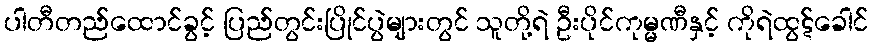
ပါတီတည်ထောင်ခွင့် ပြည်တွင်းပြိုင်ပွဲများတွင် သူတို့ရဲ ဦးပိုင်ကုမ္မဏီနှင့် ကိုရဲထွဋ်ခေါင်